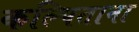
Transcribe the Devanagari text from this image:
कल्पिताना